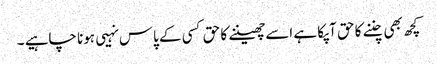
کچھ بھی چننے کا حق آپکا ہے اسےچھیننے کا حق کسی کے پاس نہیی ہونا چاہیے ۔